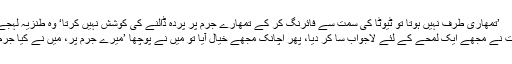
’تمھاری طرف نہیں ہوتا تو ٹیوٹا کی سمت سے فائرنگ کر کے تمھارے جرم پر پردہ ڈالنے کی کوشش نہیں کرتا‘ وہ طنزیہ لہجے میں بولا
اس کی بات نے مجھے ایک لمحے کے لئے لاجواب سا کر دیا، پھر اچانک مجھے خیال آیا تو میں نے پوچھا ’میرے جرم پر، میں نے کیا جرم کیا ہے ؟